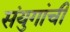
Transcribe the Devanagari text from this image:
संयुगांची